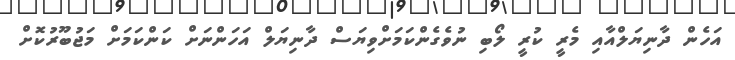
އަހެން ދާނިޔަލްއާއި މެރީ ކުރީ ލޯބި ނުވެގެންކަމަށްވިޔަސް ދާނިޔަލް އަހަންނަށް ކަންކަމަށް މަޖުބޫރުކޮށް